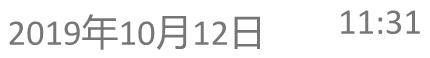
2019年10月12日 11:31